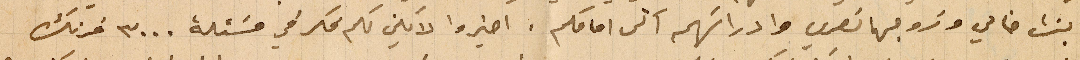
ابنت خالي وزوجها نصري وادراتهم الى امامكم. اخبراه لا يكن لكم فكر في مسَئلة ٣٠٠٠ فرنك